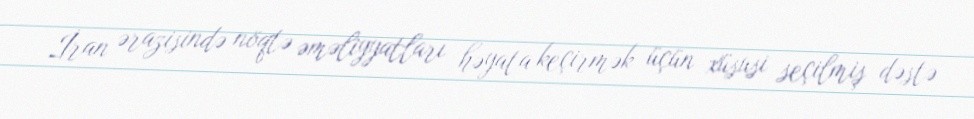
İran ərazisində nöqtə əməliyyatları həyata keçirmək üçün xüsusi seçilmiş dəstə